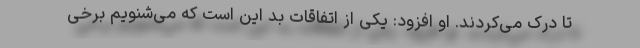
تا درک می‌کردند. او افزود: یکی از اتفاقات بد این است که می‌شنویم برخی